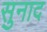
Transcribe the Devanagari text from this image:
सुनाद